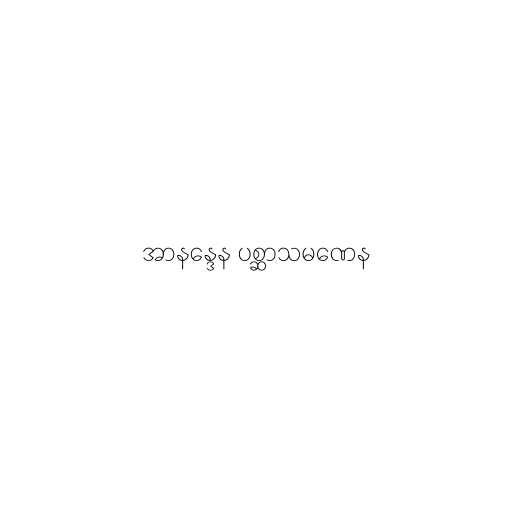
အာနန္ဒေန ပစ္ဆာသမဏေန